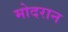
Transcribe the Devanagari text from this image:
मोदरान